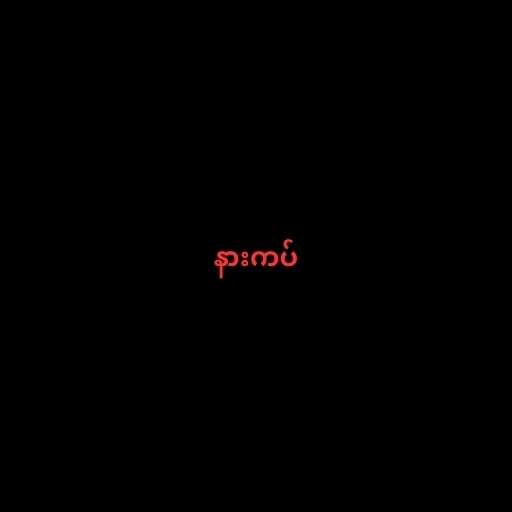
နားကပ်